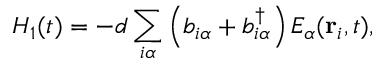
H _ { 1 } ( t ) = - d \sum _ { i \alpha } \left( b _ { i \alpha } + b _ { i \alpha } ^ { \dagger } \right) E _ { \alpha } ( { \bf r } _ { i } , t ) ,